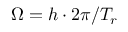
\Omega = h \cdot 2 \pi / T _ { r }